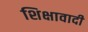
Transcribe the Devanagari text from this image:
शिक्षावादी